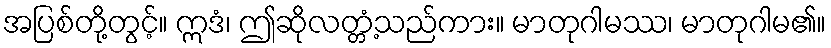
အပြစ်တို့တွင့်။ ဣဒံ၊ ဤဆိုလတ္တံ့သည်ကား။ မာတုဂါမဿ၊ မာတုဂါမ၏။